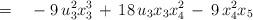
LaTeX: \begin{align*}\qquad\qquad = \quad -\; 9\,u_3^2x_3^3 \,+\, 18\,u_3x_3x_4^2 \,-\, 9\,x_4^2x_5\end{align*}